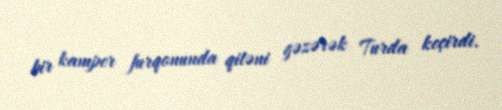
bir kamper furqonunda qitəni gəzərək Turda keçirdi.